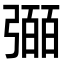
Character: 𢐤